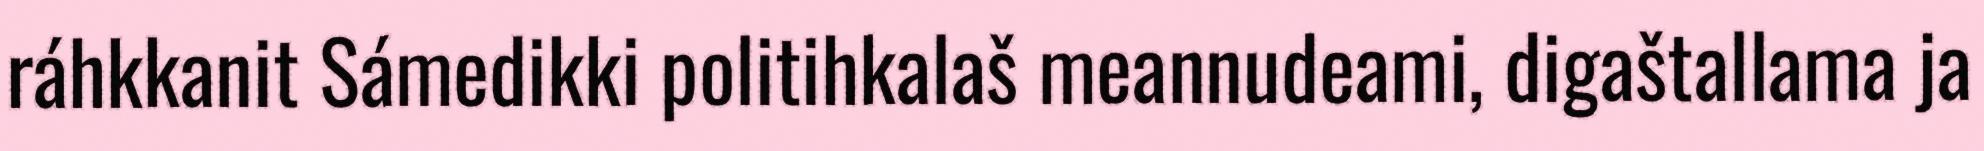
ráhkkanit Sámedikki politihkalaš meannudeami, digaštallama ja